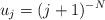
LaTeX: \begin{align*} u_{j}=(j+1)^{-N}\end{align*}